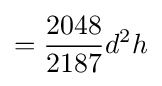
={\frac {2048}{2187}}d^{2}h